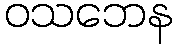
ဝသဘေန